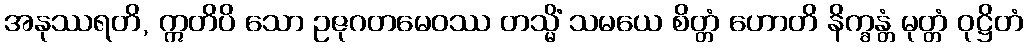
အနုဿရတိ, ဣတိပိ သော ဥဇုဂတမေဝဿ တသ္မိံ သမယေ စိတ္တံ ဟောတိ နိက္ခန္တံ မုတ္တံ ဝုဋ္ဌိတံ